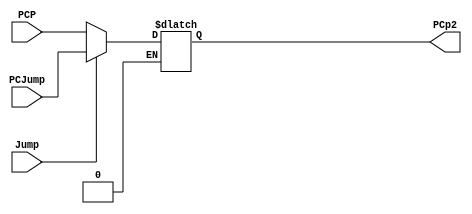
`timescale 1ns / 1ps
//////////////////////////////////////////////////////////////////////////////////
// Company: 
// Engineer: 
// 
// Design Name: 
// Module Name: JMUX
// Project Name: 
// Target Devices: 
// Tool Versions: 
// Description: 
// 
// Dependencies: 
// 
// Revision:
// Revision 0.01 - File Created
// Additional Comments:
// 
//////////////////////////////////////////////////////////////////////////////////


/// JUMP MUX ///
module JMUX (
input Jump,
input [31 : 0] PCJump,PCP,  //PCJump = {PC[31 : 26], Jaddr}
output reg [31 : 0] PCp2    //This is passed to PC IF jump instruction is called
);

always @(*) begin

    if(Jump == 1'b1) 
        PCp2 <= PCJump;
    
    else if (Jump == 1'b0) begin
        PCp2 <= PCP;        //Uses regular PC' if the jump instruction is not called
        end        

end

endmodule